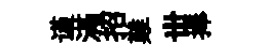
谨滿招難丗捧